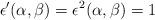
LaTeX: \begin{align*}\epsilon^{\prime} (\alpha,\beta ) = \epsilon^{2} (\alpha,\beta ) = 1\end{align*}